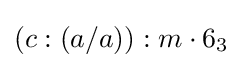
(c:(a/a)):m\cdot 6_{3}